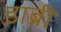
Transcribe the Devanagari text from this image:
डाब्री